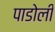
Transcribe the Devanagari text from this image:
पाडोली